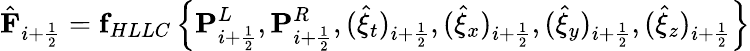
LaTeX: \hat{\mathbf{F}}_{i+\frac{1}{2}}=\mathbf{f}_{HLLC}\left\{ \mathbf{P}_{i+\frac{1}{2}}^{L},\mathbf{P}_{i+\frac{1}{2}}^{R},(\hat{\xi}_{t})_{i+\frac{1}{2}},(\hat{\xi}_{x})_{i+\frac{1}{2}},(\hat{\xi}_{y})_{i+\frac{1}{2}},(\hat{\xi}_{z})_{i+\frac{1}{2}}\right\}